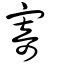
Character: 寄